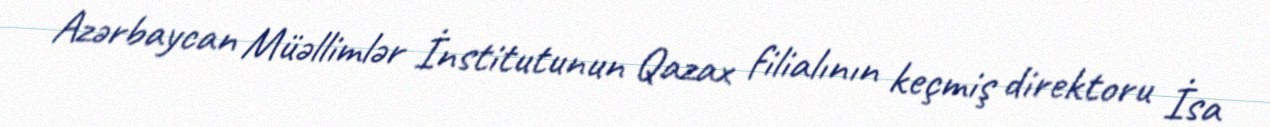
Azərbaycan Müəllimlər İnstitutunun Qazax filialının keçmiş direktoru İsa